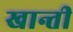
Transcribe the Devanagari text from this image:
खान्ती